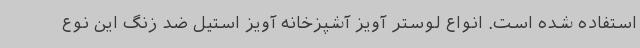
استفاده شده است. انواع لوستر آویز آشپزخانه آویز استیل ضد زنگ این نوع